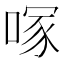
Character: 𭉇